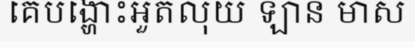
គេបង្ហោះអួតលុយ ឡាន មាស